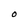
Character: o